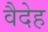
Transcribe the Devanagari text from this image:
वैदेह